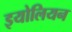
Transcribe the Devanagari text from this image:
इयोलियन